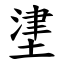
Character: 堻